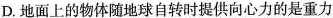
D.地面上的物体随地球自转时提供向心力的是重力